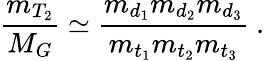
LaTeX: \frac{m_{T_{2}}}{M_{G}}\simeq\frac{m_{d_{1}}m_{d_{2}}m_{d_{3}}}{m_{t_{1}}m_{t_{2}}m_{t_{3}}}~.